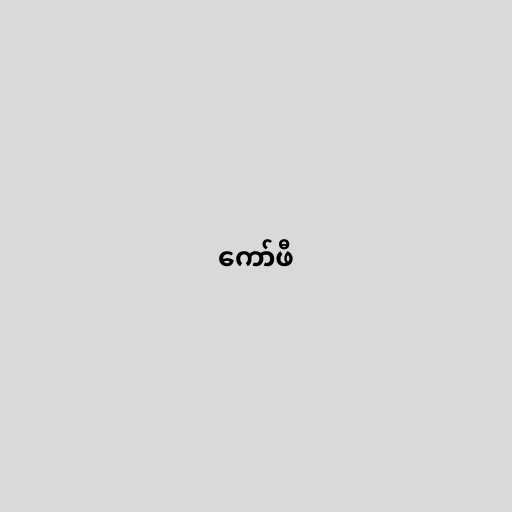
ကော်ဖီ